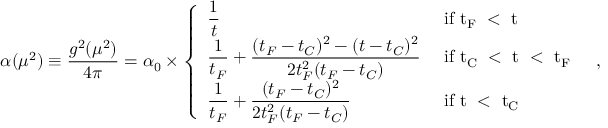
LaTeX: \alpha ( \mu ^ { 2 } ) \equiv \frac { g ^ { 2 } ( \mu ^ { 2 } ) } { 4 \pi } = \alpha _ { 0 } \times \left\{ \begin{array} { l l } { { \displaystyle \frac { 1 } { t } } } & { { \mathrm { ~ i f ~ t _ { F } ~ < ~ t ~ } \smallskip } } \\ { { \displaystyle \frac { 1 } { t _ { F } } + \frac { ( t _ { F } - t _ { C } ) ^ { 2 } - ( t - t _ { C } ) ^ { 2 } } { 2 t _ { F } ^ { 2 } ( t _ { F } - t _ { C } ) } } } & { { \smallskip \mathrm { ~ i f ~ t _ { C } ~ < ~ t ~ < ~ t _ { F } ~ } } } \\ { { \displaystyle \frac { 1 } { t _ { F } } + \frac { ( t _ { F } - t _ { C } ) ^ { 2 } } { 2 t _ { F } ^ { 2 } ( t _ { F } - t _ { C } ) } } } & { { \mathrm { ~ i f ~ t ~ < ~ t _ { C } ~ } \smallskip } } \end{array} \right. ~ ,